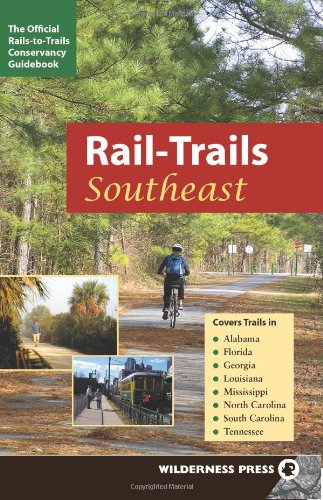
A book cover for Rail-Trails Southeast: Alabama, Florida, Georgia, Louisiana, Mississippi, North and South Carolina, Tennessee; Rails-to-Trails Conservancy; Engineering & Transportation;